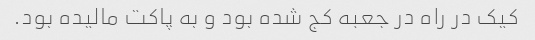
کیک در راه در جعبه کج شده بود و به پاکت مالیده بود.